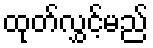
ထုတ်လွှင့်မည်